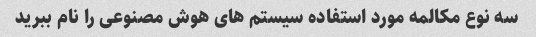
سه نوع مکالمه مورد استفاده سیستم های هوش مصنوعی را نام ببرید